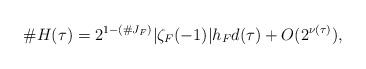
LaTeX: \begin{align*}\# H(\tau) = 2^{1-(\#J_F)} | \zeta_F(-1) | h_F d(\tau) + O(2^{\nu(\tau)}),\end{align*}